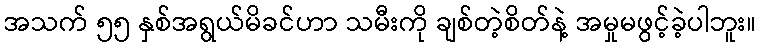
အသက် ၅၅ နှစ်အရွယ်မိခင်ဟာ သမီးကို ချစ်တဲ့စိတ်နဲ့ အမှုမဖွင့်ခဲ့ပါဘူး။